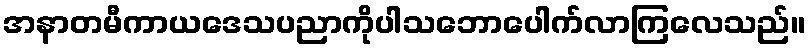
အနာတမီကာယဒေသပညာကိုပါသဘောပေါက်လာကြလေသည်။